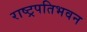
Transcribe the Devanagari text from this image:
राष्ट्रपतिभवन